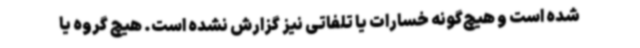
شده است و هیچ‌گونه خسارات یا تلفاتی نیز گزارش نشده است. هیچ گروه یا